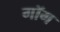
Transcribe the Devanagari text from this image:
गॉग